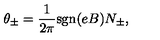
\theta _ { \pm } = \frac { 1 } { 2 \pi } \mathrm { s g n } ( e B ) N _ { \pm } ,